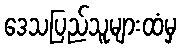
ဒေသပြည်သူများထံမှ